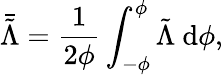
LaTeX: \bar{\tilde{\Lambda}}=\frac{1}{2\phi}\int_{-\phi}^{\phi}\tilde{\Lambda}\ \mathrm{d}\phi,